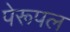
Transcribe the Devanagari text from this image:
पेरूपल